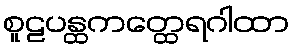
စူဠပန္ထကတ္ထေရဂါထာ